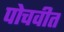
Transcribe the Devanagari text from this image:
पोचवीत